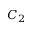
C _ { 2 }